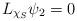
LaTeX: \begin{align*}L_{\chi_S}\psi_2=0\end{align*}